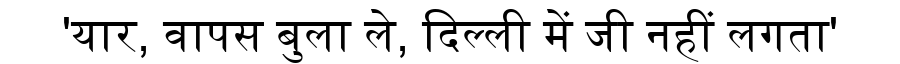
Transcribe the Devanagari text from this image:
'यार, वापस बुला ले, दिल्ली में जी नहीं लगता'